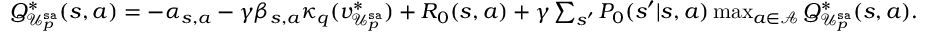
\begin{array} { r l } & { Q _ { \mathcal { U } _ { p } ^ { \mathtt { s a } } } ^ { * } ( s , a ) = - \alpha _ { s , a } - \gamma \beta _ { s , a } \kappa _ { q } ( v _ { \mathcal { U } _ { p } ^ { \mathtt { s a } } } ^ { * } ) + R _ { 0 } ( s , a ) + \gamma \sum _ { s ^ { \prime } } P _ { 0 } ( s ^ { \prime } | s , a ) \operatorname* { m a x } _ { a \in \mathcal { A } } Q _ { \mathcal { U } _ { p } ^ { \mathtt { s a } } } ^ { * } ( s , a ) . } \end{array}